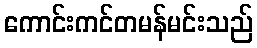
ကောင်းကင်တမန်မင်းသည်